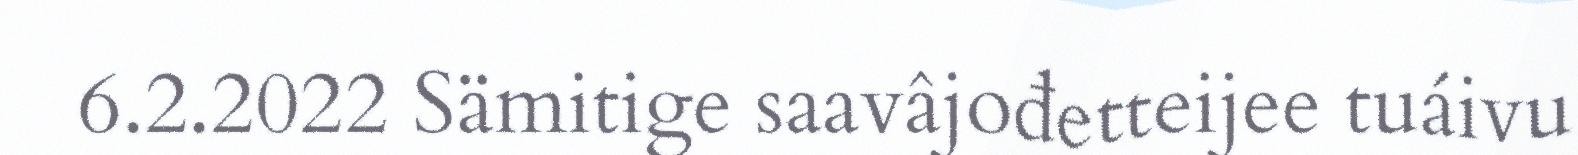
6.2.2022 Sämitige saavâjođetteijee tuáivu